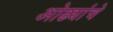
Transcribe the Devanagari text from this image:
ओढ्यांचे